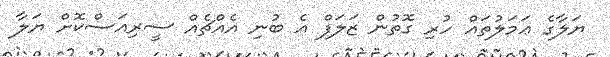
ޔަލާގެ ޢަމަލުތައް ހުރި ގޮތުން ޒަލަފް އެ ބުނި އެއްޗެއް ސީރިއަސްކޮށް ޔަލާ